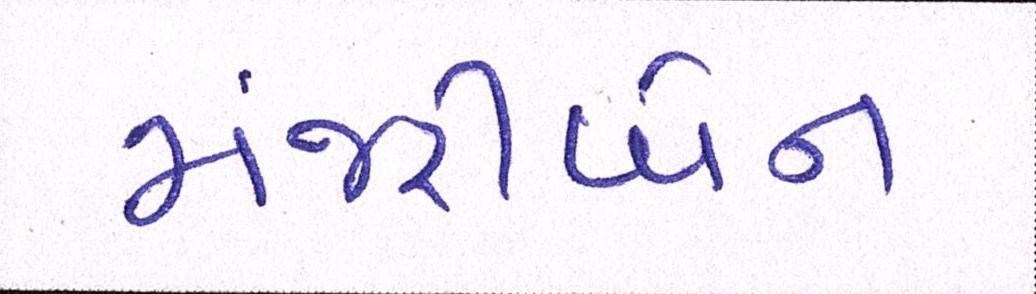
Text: મંજરીબેન